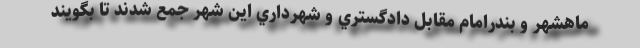
ماهشهر و بندرامام مقابل دادگستري و شهرداري اين شهر جمع شدند تا بگويند